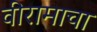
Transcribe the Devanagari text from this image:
वीरामाचा